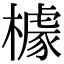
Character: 㯫